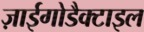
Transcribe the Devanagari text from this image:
ज़ाईगोडैक्टाइल